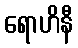
ရောဟိနီ